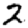
Digit: 2